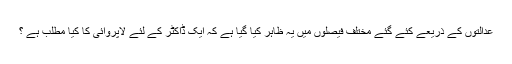
عدالتوں کے ذریعے کئے گئے مختلف فیصلوں میں یہ ظاہر کیا گیا ہے کہ ایک ڈاکٹر کے لئے لاپروائی کا کیا مطلب ہے ؟